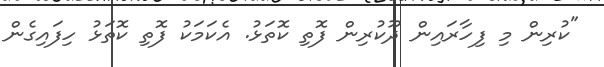
"ކުރިން މި ފިހާރައިން ދޫކުރިން ފޮތި ކޮތަޅު. އެކަމަކު ފޮތި ކޮތަޅު ހިފައިގެން